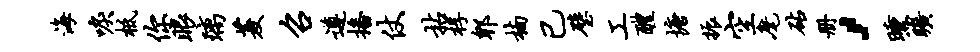
海唳柢你眼璃菱召遵播仗拈桴郫楠已璧工醴塘振空麾砧册，曛旷